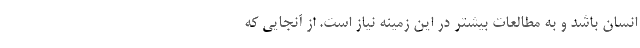
انسان باشد و به مطالعات بیشتر در این زمینه نیاز است. از آنجایی که